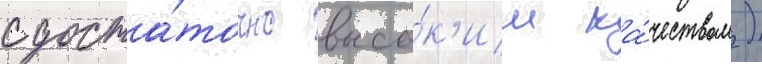
с доста́точно высо́к'им ка́чеством)